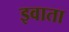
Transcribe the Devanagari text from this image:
इवाता